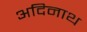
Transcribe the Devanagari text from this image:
अदिनाथ